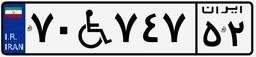
۵۶W۵۳۹۶۰